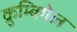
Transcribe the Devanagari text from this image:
क्रुम्बिगेल